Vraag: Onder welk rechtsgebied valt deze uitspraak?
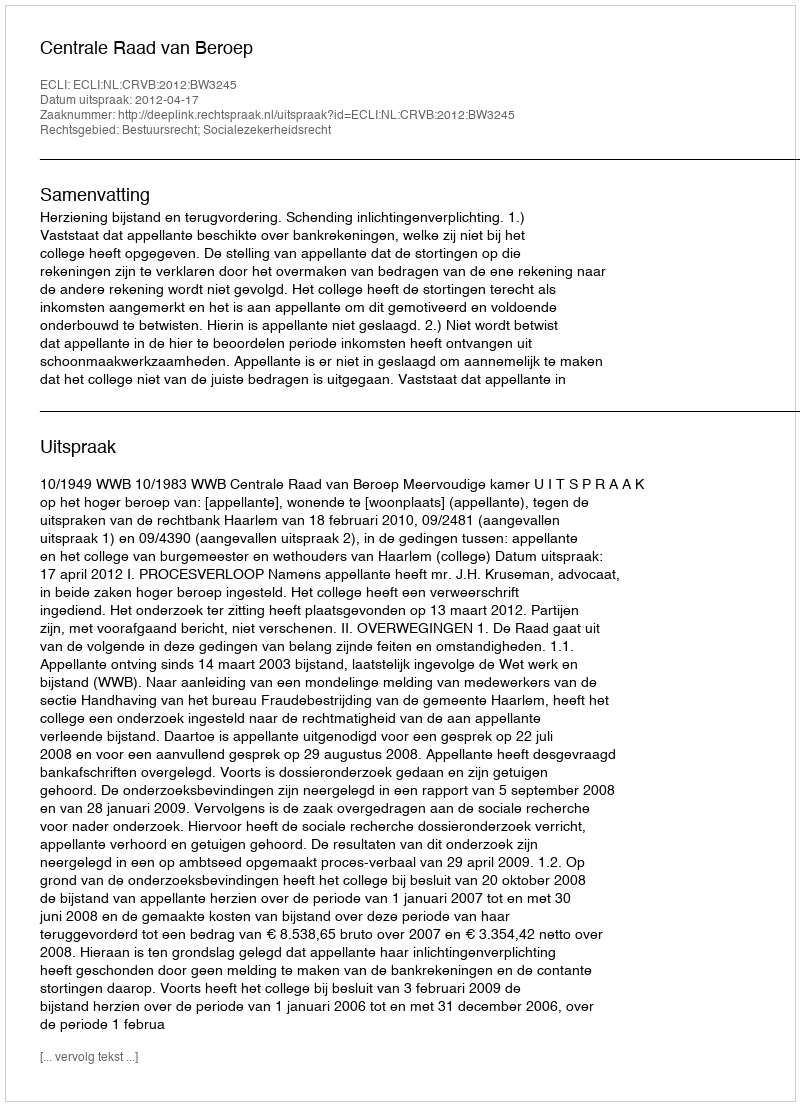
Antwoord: Bestuursrecht; Socialezekerheidsrecht